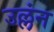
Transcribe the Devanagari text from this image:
उल्लंन